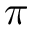
\pi